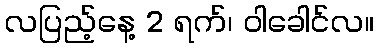
လပြည့်နေ့ 2 ရက်၊ ဝါခေါင်လ။